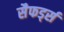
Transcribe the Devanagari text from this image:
सैफर्ड्स